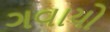
ગવાયો